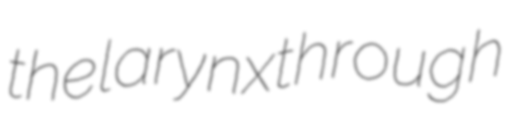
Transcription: the larynx through